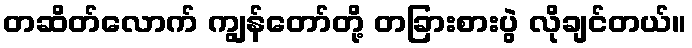
တဆိတ်လောက် ကျွန်တော်တို့ တခြားစားပွဲ လိုချင်တယ်။